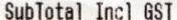
SUBTOTAL INCL GST